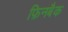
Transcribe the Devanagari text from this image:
फ़िनबैक